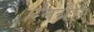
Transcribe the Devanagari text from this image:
रनबोर